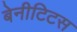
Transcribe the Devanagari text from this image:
बेनीटिटस